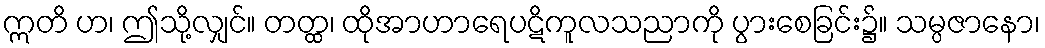
ဣတိ ဟ၊ ဤသို့လျှင်။ တတ္ထ၊ ထိုအာဟာရေပဋိကူလသညာကို ပွားစေခြင်း၌။ သမ္ပဇာနော၊